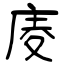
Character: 庱